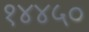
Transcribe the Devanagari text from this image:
१४४५०